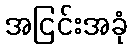
အငြင်းအခုံ